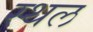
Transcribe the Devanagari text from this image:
स्थल